Scottish Leaving Certificate Examination, 1954
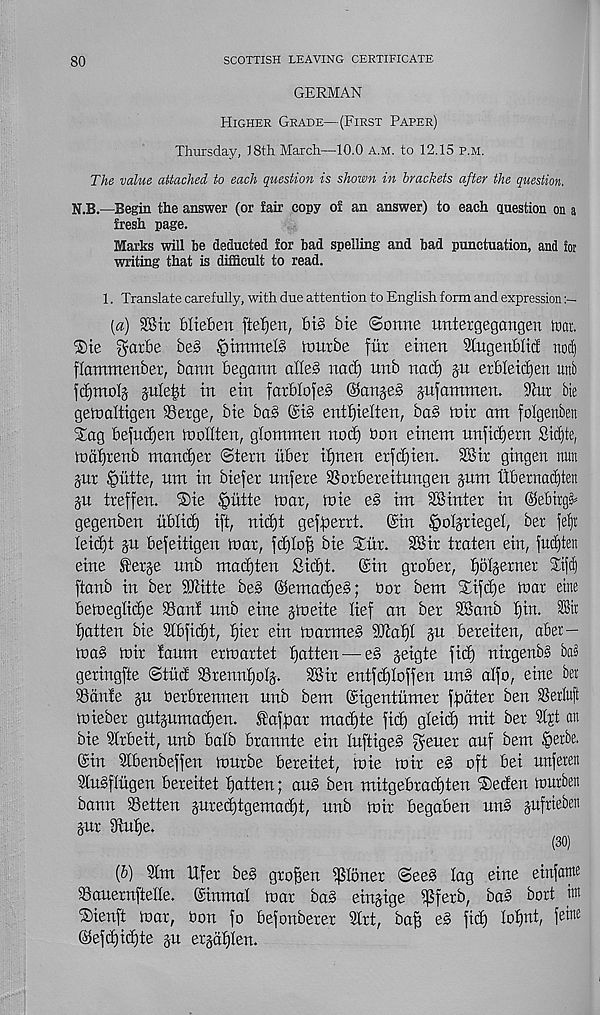
80
SCOTTISH LEAVING CERTIFICATE
GERMAN
Higher Grade—(First Paper)
Thursday, J8th March—10.0 A.M. to 12.15 p.m.
The value attached to each question is shown in brackets after the question.
N.B.—Begin the answer (or fair copy of an answer) to each question on a
fresh page.
Marks will he deducted for bad spelling and bad punctuation, and for
writing that is difficult to read.
1. Translate carefully, with due attention to English form and expression
[a) Sir blteben fte^en, bt3 Me ©ortne imtergegcmgen irat.
®te $arbe beg
lourbe flit emen Siitgenbltcf nodi
flammenber, bann begann alleg nad) unb nad) jit erbletcfyen unb
)cf)moI§ jule|t in ein farblojeg @art§eg jnfammen. 9citr bte
getoaltigen Serge, bie bag @i§ entfjielten, bag mir am folgenben
Sag befudjen inollten, glommen nod) bon einem unfid)ern Si^te,
toaffrenb manner (Stern liber i^nen erfd)ien. SBir gingen nun
§nr §ntte, nm in biefer nnfere SSorbereitungen gum iibernad)ten
gu treffen. ®ie §iitte mar, mie eg im 28inter in ©ebitg^
gegenben liblid) ift, nid)t geffierri ©in ^olgriegel, ber }d)x
Ieid)t gtt befeitigen mar, fd)Iofi bie Siir. 28it traten ein, fudjten
eine ferge nnb mad)ten Sid)t.
©in grober, tjotgerner $ifd)
ftanb in ber SJiitte beg ©emadjeg; bor bent SMfdfe mar eine
bemeglid)e 2)ant nnb eine gmeite lief an ber 28anb t)in. Sit
fatten bie 2tbfid)t, t)ier ein matmeg 9Jlat)t gu bereiten, aber-
mag mir taum ermartet fatten — eg geigte fid) nirgenbg ba§
geringfte Stiid SSrenntjoIg.
28ir entfdjloffen ung atfo, eine bet
23ante gu berbrennen unb bem ©igentumer ffidter ben SSerluft
mieber gutgumadjen. fafpar mad)te fid) gleici) nrit ber 2tjt an
bie 2Crbeit, unb balb brannte ein Inftigeg Reiter auf bem §erbe.
©in 2tbenbeffen murbe bereitet, mie mir eg oft bei unfeten
2tugflugen bereitet fatten; ang ben mitgebradjten tSeden murben
bann 23etten gured)tgemad)t, unb mir begaben ung gufrieben
gur diube.
(30)
(b) 2tm lifer beg grojfen ^tbner Seeg tag eine einfawe
©aueruftelle. ©inmal mar bag eingige H$fetb, bag bort iw
®ienft mar, bon fo befonberer 2trt, baf? eg fid) Iot)nt, few e
©efd)id)te gn ergaf)Ien.